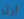
ارتد